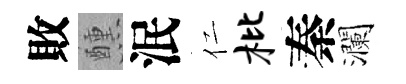
敗醺泯仁枇秦瀾